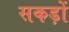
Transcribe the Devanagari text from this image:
सकड़ों